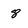
Character: 8